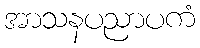
အာသနပညာပကံ